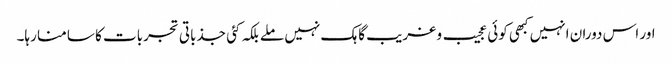
اور اس دوران انہیں کبھی کوئی عجیب و غریب گاہک نہیں ملے بلکہ کئی جذباتی تجربات کا سامنا رہا۔